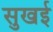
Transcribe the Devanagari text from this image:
सुखई